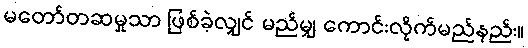
မတော်တဆမှုသာ ဖြစ်ခဲ့လျှင် မည်မျှ ကောင်းလိုက်မည်နည်း။